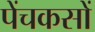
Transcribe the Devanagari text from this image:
पेंचकसों